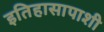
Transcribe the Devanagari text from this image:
इतिहासापाशी